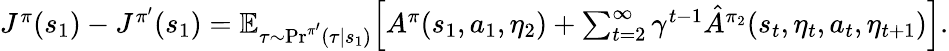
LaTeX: \begin{array}{r}{J^{\pi}(s_{1})-J^{\pi^{\prime}}(s_{1})=\mathbb{E}_{\tau\sim\mathrm{Pr}^{\pi^{\prime}}(\tau|s_{1})}\Big[A^{\pi}(s_{1},a_{1},\eta_{2})+\sum_{t=2}^{\infty}\gamma^{t-1}\hat{A}^{\pi_{2}}(s_{t},\eta_{t},a_{t},\eta_{t+1})\Big].}\end{array}